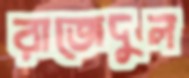
রাজেদুল